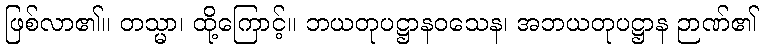
ဖြစ်လာ၏။ တသ္မာ၊ ထို့ကြောင့်။ ဘယတုပဋ္ဌာနဝသေန၊ အဘယတုပဋ္ဌာန ဉာဏ်၏